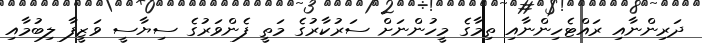
ދަރިންނާއި ރައްޓެހިންނާއި ތިމާގެ މީހުންނަށް ސަރުކާރުގެ މަތީ ފެންވަރުގެ ސިޔާސީ ވަޒީފާ ލިބުމާއި